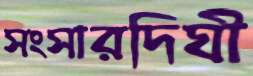
সংসারদিঘী